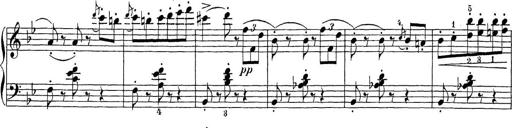
Title: Sonatina Album
Composer: Louis KÃ¶hler